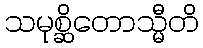
သမုစ္ဆိတောသ္မီတိ